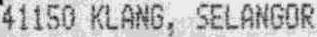
41150 KLANG, SELANGOR